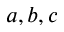
a , b , c